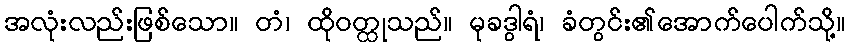
အလုံးလည်းဖြစ်သော။ တံ၊ ထိုဝတ္ထုသည်။ မုခဒွါရံ၊ ခံတွင်း၏အောက်ပေါက်သို့။